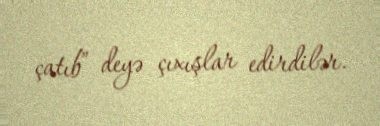
çatıb” deyə çıxışlar edirdilər.